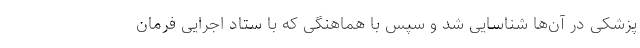
پزشکی در آن‌ها شناسایی شد و سپس با هماهنگی که با ستاد اجرایی فرمان